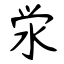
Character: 泶